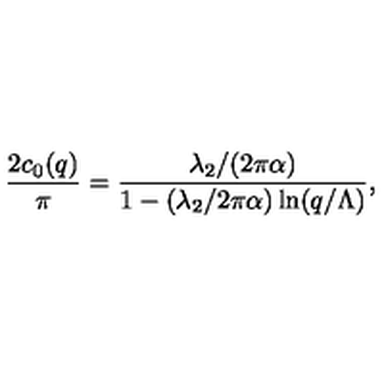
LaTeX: { \frac { 2 c _ { 0 } ( q ) } { \pi } } = { \frac { \lambda _ { 2 } / ( 2 \pi \alpha ) } { 1 - ( \lambda _ { 2 } / 2 \pi \alpha ) \ln ( q / \Lambda ) } } ,